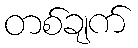
တစ်ချက်